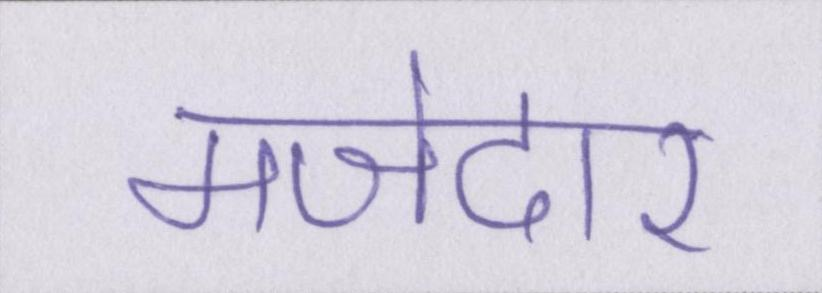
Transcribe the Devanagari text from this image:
मजेदार